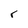
Character: r